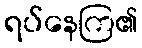
ရပ်နေကြ၏